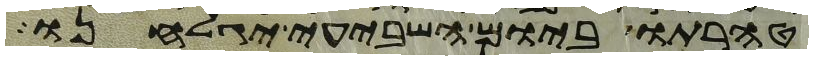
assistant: טהרתו ביום השביעי יגלחנו